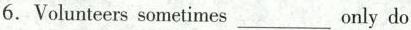
6.Volunteers sometimes ___ only do